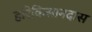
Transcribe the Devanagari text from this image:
हरिकिसानदास